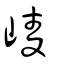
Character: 崚